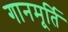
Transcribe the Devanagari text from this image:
गानमूर्ति